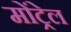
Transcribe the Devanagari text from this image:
मोंट्रेल